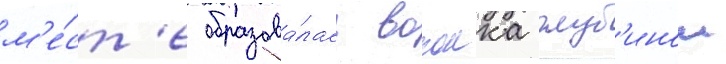
м'е́ст'е образова́лась воронка глуб'инои